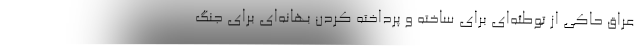
عراق حاکی از توطئه‌ای برای ساخته و پرداخته کردن بهانه‌ای برای جنگ